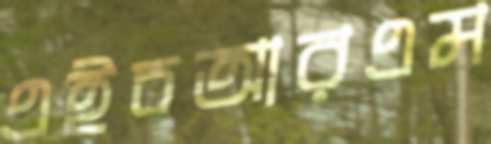
এইচআরএম